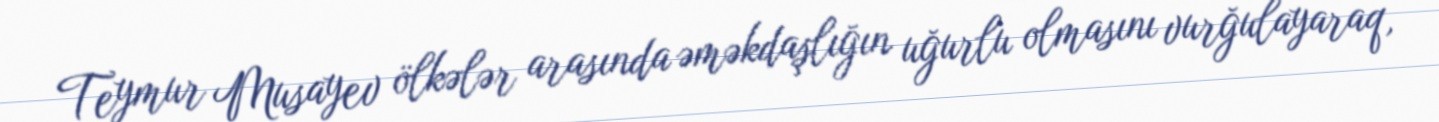
Teymur Musayev ölkələr arasında əməkdaşlığın uğurlu olmasını vurğulayaraq,